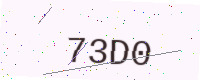
Text: 73D0